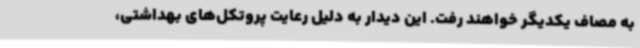
به مصاف یکدیگر خواهند رفت. این دیدار به دلیل رعایت پروتکل‌های بهداشتی،